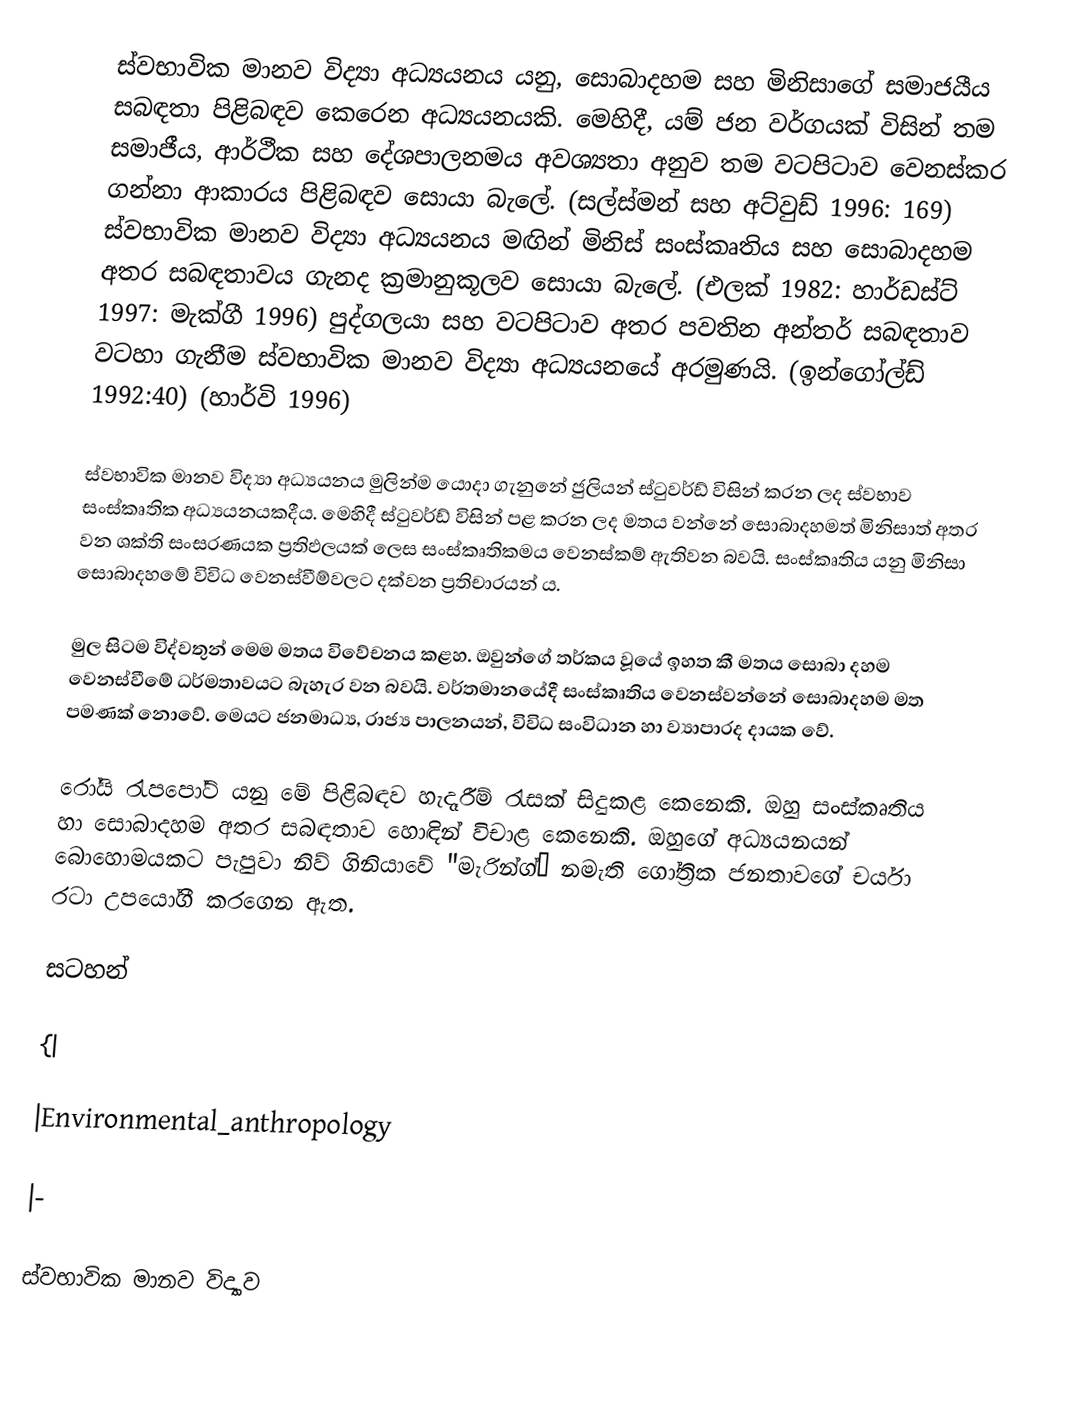
ස්වභාවික මානව විද්‍යා අධ්‍යයනය යනු, සොබාදහම සහ මිනිසාගේ සමාජයීය සබඳතා පිළිබඳව කෙරෙන අධ්‍යයනයකි. මෙහිදී, යම් ජන වර්ගයක් විසින් තම සමාජීය, ආර්ථීක සහ දේශපාලනමය අවශ්‍යතා අනුව තම වටපිටාව වෙනස්කර ගන්නා ආකාරය පිළිබඳව සොයා බැලේ. (සල්ස්මන් සහ අට්වුඩ් 1996: 169) ස්වභාවික මානව විද්‍යා අධ්‍යයනය මඟින් මිනිස් සංස්කෘතිය සහ සොබාදහම අතර සබඳතාවය ගැනද ක්‍රමානුකූලව සොයා බැලේ. (එලක් 1982: හාර්ඩස්ට් 1997: මැක්ගී 1996) පුද්ගලයා සහ වටපිටාව අතර පවතින අන්තර් සබඳතාව වටහා ගැනීම ස්වභාවික මානව විද්‍යා අධ්‍යයනයේ අරමුණයි. (ඉන්ගෝල්ඩ් 1992:40) (හාර්වි 1996)

ස්වභාවික මානව විද්‍යා අධ්‍යයනය මුලින්ම යොදා ගැනුනේ ජුලියන් ස්ටුවර්ඩ් විසින් කරන ලද ස්වභාව සංස්කෘතික අධ්‍යයනයකදීය. මෙහිදී ස්ටුවර්ඩ් විසින් පළ කරන ලද මතය වන්නේ සොබාදහමත් මිනිසාත් අතර වන ශක්ති සංසරණයක ප්‍රතිඵලයක් ලෙස සංස්කෘතිකමය වෙනස්කම් ඇතිවන බවයි. සංස්කෘතිය යනු මිනිසා සොබාදහමේ විවිධ වෙනස්වීම්වලට දක්වන ප්‍රතිචාරයන් ය.

මුල සිටම විද්වතුන් මෙම මතය විවේචනය කළහ. ඔවුන්ගේ තර්කය වූයේ ඉහත කී මතය සොබා දහම වෙනස්වීමේ ධර්මතාවයට බැහැර වන බවයි. වර්තමානයේදී සංස්කෘතිය වෙනස්වන්නේ සොබාදහම මත පමණක් නොවේ. මෙයට ජනමාධ්‍ය, රාජ්‍ය පාලනයන්, විවිධ සංවිධාන හා ව්‍යාපාරද දායක වේ.

රෝයි රැපපෝට් යනු මේ පිළිබඳව හැදෑරීම් රැසක් සිදුකළ කෙනෙකි. ඔහු සංස්කෘතිය හා සොබාදහම අතර සබඳතාව හොඳින් විචාළ කෙනෙකි. ඔහුගේ අධ්‍යයනයන් බොහොමයකට පැපුවා නිව් ගිනියාවේ "මැරින්ග්” නමැති ගෝත්‍රික ජනතාවගේ චර්යා රටා උපයෝගී කරගෙන ඇත.

සටහන්

{|

|Environmental_anthropology

|-

ස්වභාවික මානව විද්‍යාව